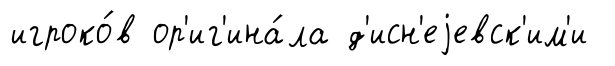
игроко́в ор'иг'ина́ла д'исн'еjевск'им'и